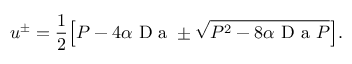
u ^ { \pm } = \frac { 1 } { 2 } \mathopen { } \mathclose \bgroup \mathopen { } \mathclose \bgroup \mathopen { } \mathclose \bgroup \mathopen { } \mathclose \bgroup \mathopen { } \mathclose \bgroup \mathopen { } \mathclose \bgroup \mathopen { } \mathclose \bgroup \mathopen { } \mathclose \bgroup \mathopen { } \mathclose \bgroup \mathopen { } \mathclose \bgroup \left[ P - 4 \alpha \mathrm { ~ D ~ a ~ } \pm \sqrt { P ^ { 2 } - 8 \alpha \mathrm { ~ D ~ a ~ } P } \aftergroup \egroup \aftergroup \egroup \aftergroup \egroup \aftergroup \egroup \aftergroup \egroup \aftergroup \egroup \aftergroup \egroup \aftergroup \egroup \aftergroup \egroup \aftergroup \egroup \right] .